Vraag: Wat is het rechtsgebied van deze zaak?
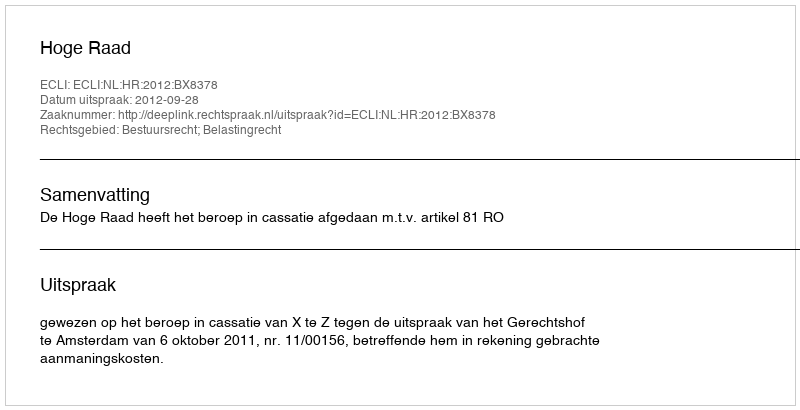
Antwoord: Bestuursrecht; Belastingrecht